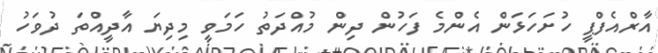
އާރްއެފްޕީ ހުށަހަޅަން އެންމެ ފަހުން ދިން މުއްދަތު ހަމަވީ މިދިޔަ އާދީއްތަ ދުވަހު